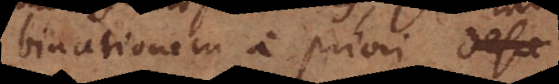
binationem a priori. De